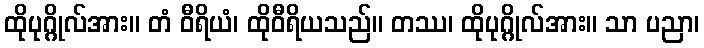
ထိုပုဂ္ဂိုလ်အား။ တံ ဝီရိယံ၊ ထိုဝီရိယသည်။ တဿ၊ ထိုပုဂ္ဂိုလ်အား။ သာ ပညာ၊